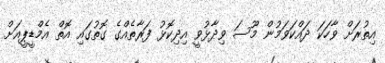
އިތުރަށް ވާހަކަ ދައްކަވަމުން މޫސަ ވިދާޅުވީ އިދިކޮޅު ފަރާތެއްގެ ގޮތުގައި އޮތް އެމްޑީޕީއަށް